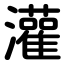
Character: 灌